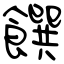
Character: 饌